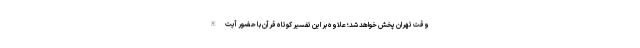
وقت تهران پخش خواهد شد؛ علاوه بر این تفسیر کوتاه قرآن با حضور آیت‌الله